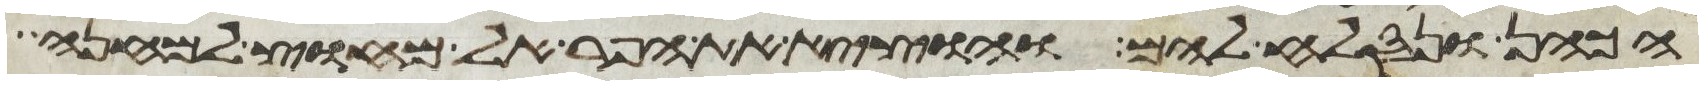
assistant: הכהן ונסלח להם והוציא את הפר אל מחוץ למחנה